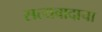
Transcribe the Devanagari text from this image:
सत्यवादाचा